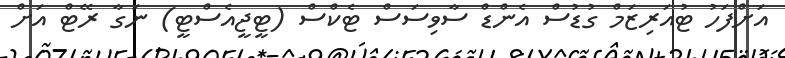
އަށްފަހު ޓުއަރިޒަމް ގުޑުސް އެންޑް ސާވިސަސް ޓެކްސް (ޓީޖީއެސްޓީ) ނަގާ ރޭޓް އަށް